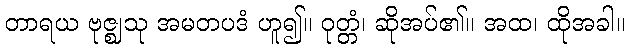
တာရယ ဗုဇ္ဈသု အမတပဒံ ဟူ၍။ ဝုတ္တံ၊ ဆိုအပ်၏။ အထ၊ ထိုအခါ။